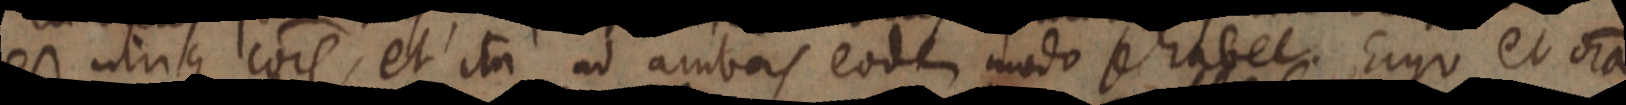
est utrique cois, et ita ad ambas eodem modo se habet. Ergo et ora